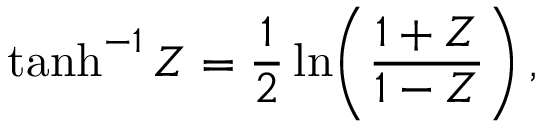
\operatorname { t a n h } ^ { - 1 } Z = \frac { 1 } { 2 } \ln \! \left( \frac { 1 + Z } { 1 - Z } \right) ,